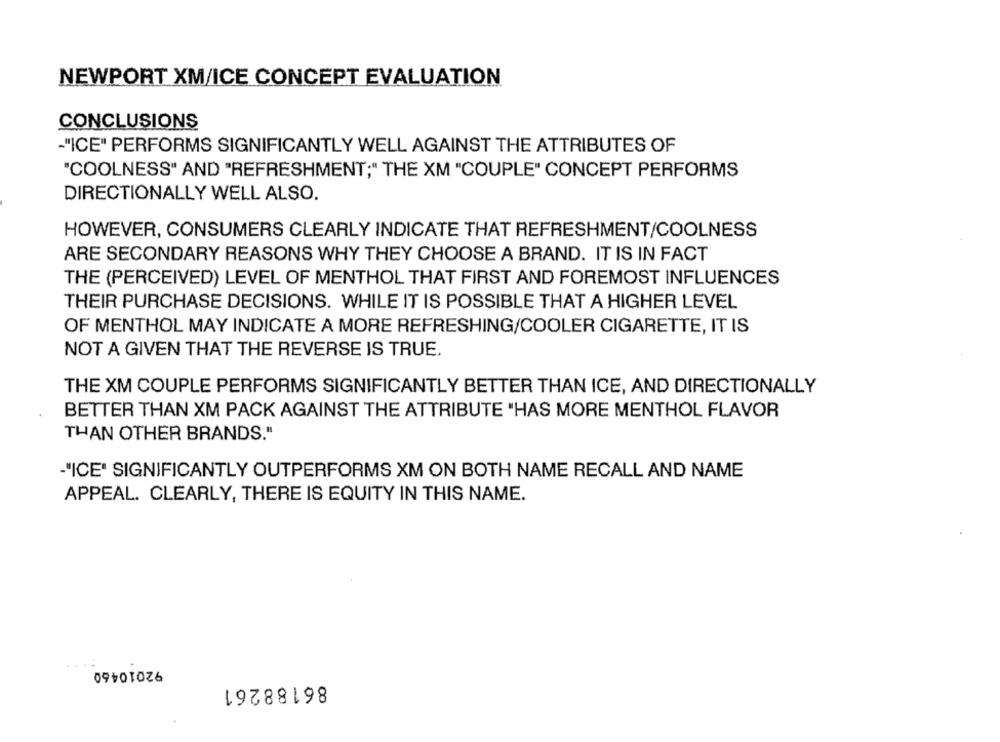
NEWPORT XM/ICE CONCEPT EVALUATION
CONCLUSIONS
-"ICE" PERFORMS SIGNIFICANTLY WELL AGAINST THE ATTRIBUTES OF
"COOLNESS" AND "REFRESHMENT;" THE XM "COUPLE" CONCEPT PERFORMS
DIRECTIONALLY WELL ALSO.
HOWEVER, CONSUMERS CLEARLY INDICATE THAT REFRESHMENT/COOLNESS
ARE SECONDARY REASONS WHY THEY CHOOSE A BRAND. IT IS IN FACT
THE (PERCEIVED) LEVEL OF MENTHOL THAT FIRST AND FOREMOST INFLUENCES
THEIR PURCHASE DECISIONS. WHILE IT IS POSSIBLE THAT A HIGHER LEVEL
OF MENTHOL MAY INDICATE A MORE REFRESHING/COOLER CIGARETTE, IT IS
NOT A GIVEN THAT THE REVERSE IS TRUE.
THE XM COUPLE PERFORMS SIGNIFICANTLY BETTER THAN ICE, AND DIRECTIONALLY
BETTER THAN XM PACK AGAINST THE ATTRIBUTE "HAS MORE MENTHOL FLAVOR
THAN OTHER BRANDS."
"ICE" SIGNIFICANTLY OUTPERFORMS XM ON BOTH NAME RECALL AND NAME
APPEAL. CLEARLY, THERE IS EQUITY IN THIS NAME.
92010460
86188261